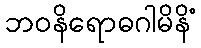
ဘဝနိရောဓဂါမိနိံ